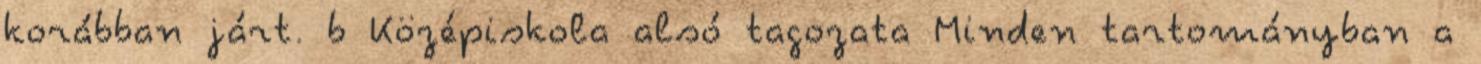
korábban járt. b Középiskola alsó tagozata Minden tartományban a